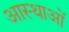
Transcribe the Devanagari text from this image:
आस्‍थाओं